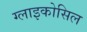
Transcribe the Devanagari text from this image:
ग्लाइकोसिल